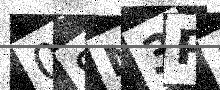
Text: 0SN3PL